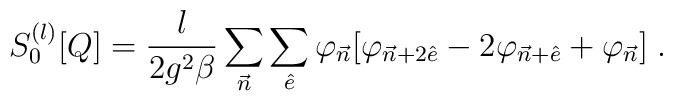
S_0^{(l)}[Q] = {l \over {2 g^2 \beta}} \sum_{{\vec n}}\sum_{{\hat e}}\varphi_{{\vec n}} [ \varphi_{{\vec n} + 2 {\hat e}}- 2 \varphi_{{\vec n} + {\hat e}} + \varphi_{\vec n} ]\; .